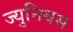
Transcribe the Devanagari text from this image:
ज्युनियस